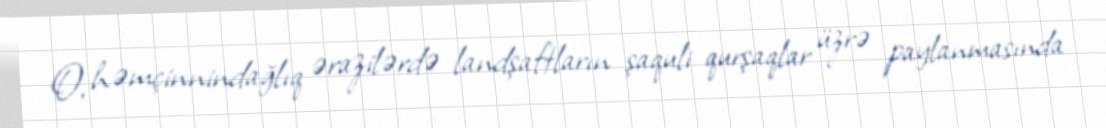
O, həmçinnindağlıq ərazilərdə landşaftların şaquli qurşaqlar üzrə paylanmasında